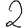
Digit: 2